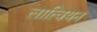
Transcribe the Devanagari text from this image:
लात्वियन